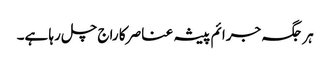
ہر جگہ جرائم پیشہ عناصر کا راج چل رہا ہے۔